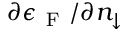
\partial \epsilon _ { \mathrm { ~ F ~ } } / \partial n _ { \downarrow }